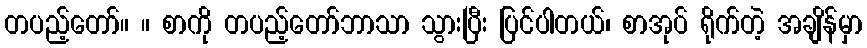
တပည့်တော်။ ။ စာကို တပည့်တော်ဘာသာ သွားပြီး ပြင်ပါတယ်၊ စာအုပ် ရိုက်တဲ့ အချိန်မှာ